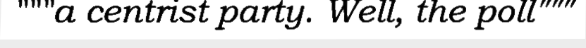
"""a centrist party. Well, the poll"""